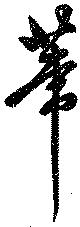
葦